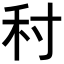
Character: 𡬟